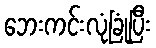
ဘေးကင်းလုံခြုံပြီး